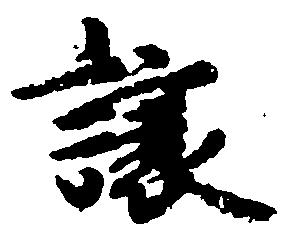
譲